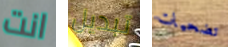
انت تبديل تضحيات